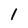
Character: 1